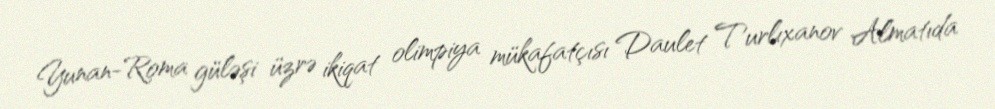
Yunan-Roma güləşi üzrə ikiqat olimpiya mükafatçısı Daulet Turlıxanov Almatıda